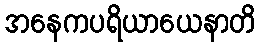
အနေကပရိယာယေနာတိ